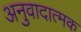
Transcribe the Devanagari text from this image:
अनुवादात्मक